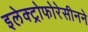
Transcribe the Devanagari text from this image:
इलेक्ट्रोफोरेसीनने